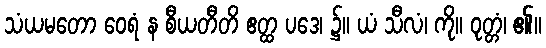
သံယမတော ဝေရံ န စီယတီတိ ဧတ္ထ ပဒေ၊ ၌။ ယံ သီလံ၊ ကို။ ဝုတ္တံ၊ ၏။